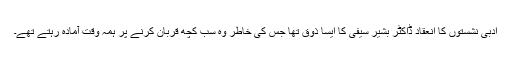
ادبی نشستوں کا انعقاد ڈاکٹر بشیر سیفی کا ایسا ذوق تھا جس کی خاطر وہ سب کچھ قربان کرنے پر ہمہ وقت آمادہ رہتے تھے۔